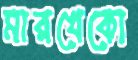
মারখেকো